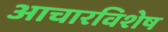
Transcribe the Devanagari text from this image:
आचारविशेष